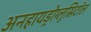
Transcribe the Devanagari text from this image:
अनहायड्रोग्लुसिटॉल